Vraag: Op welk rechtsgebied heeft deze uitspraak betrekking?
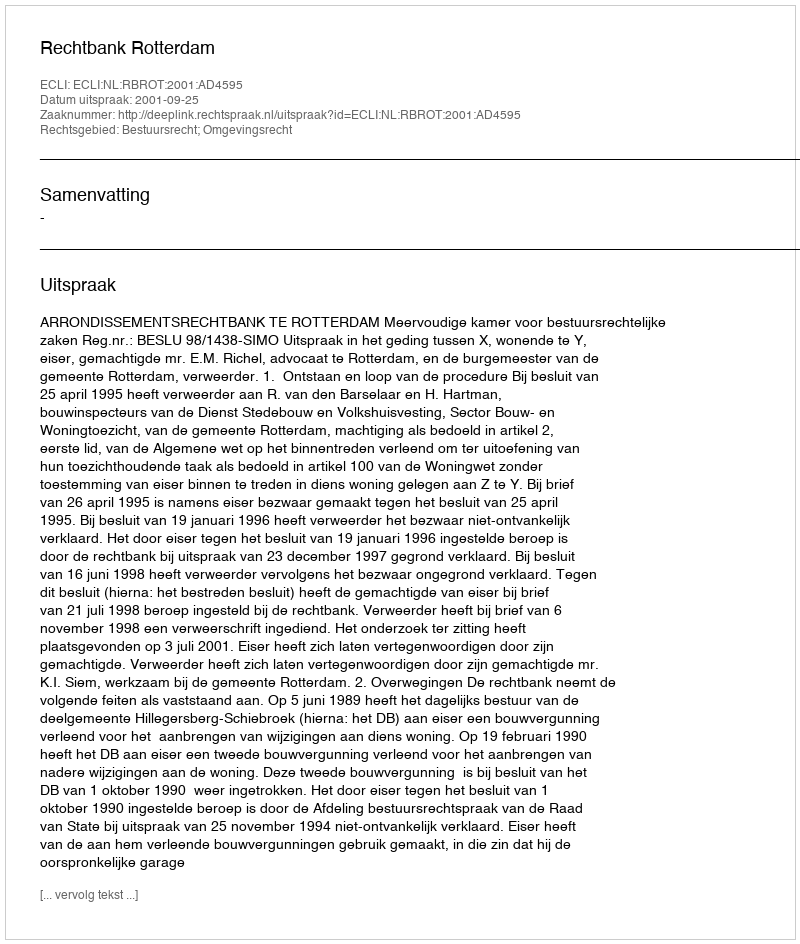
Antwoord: Bestuursrecht; Omgevingsrecht